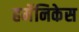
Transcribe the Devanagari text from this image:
हर्मेनिकेस